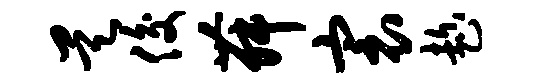
昊俊舞寰趁